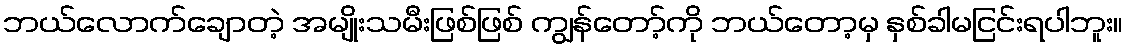
ဘယ်လောက်ချောတဲ့ အမျိုးသမီးဖြစ်ဖြစ် ကျွန်တော့်ကို ဘယ်တော့မှ နှစ်ခါမငြင်းရပါဘူး။